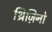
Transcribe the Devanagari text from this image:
थ्रिज़िनो